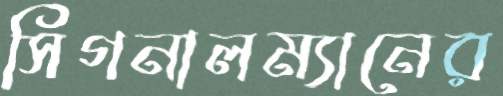
সিগনালম্যানের